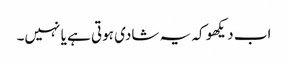
اب دیکھو کہ یہ شادی ہوتی ہے یا نہیں۔